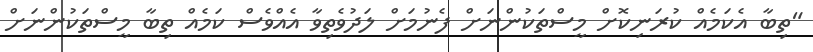
"ތިބާ އެކަމެއް ކުރަނިކޮށް މީސްތަކުންނަށް ފެނުމަށް ލަދުވެތިވާ އެއްވެސް ކަމެއް ތިބާ މީސްތަކުންނަށް